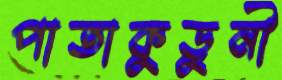
পাতাকুড়ুনী